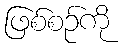
ဖြစ်စဉ်ကို